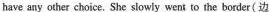
have any other choice. She slowly went to the border(边